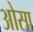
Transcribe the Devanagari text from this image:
ओसा